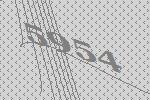
5954